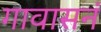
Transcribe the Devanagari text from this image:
गावासनं